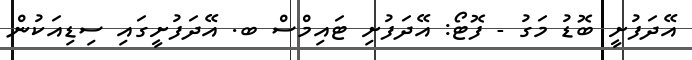
އޭދަފުށީ ބޮޑު މަގު - ފޮޓޯ: އޭދަފުށި ޓައިމްސް ބ. އޭދަފުށީގައި ސިޑިއަކުން